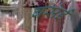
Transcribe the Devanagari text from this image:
बसेईं